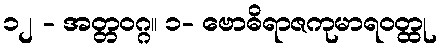
၁၂ - အတ္တဝဂ္ဂ။ ၁- ဗောဓိရာဇကုမာရဝတ္ထု